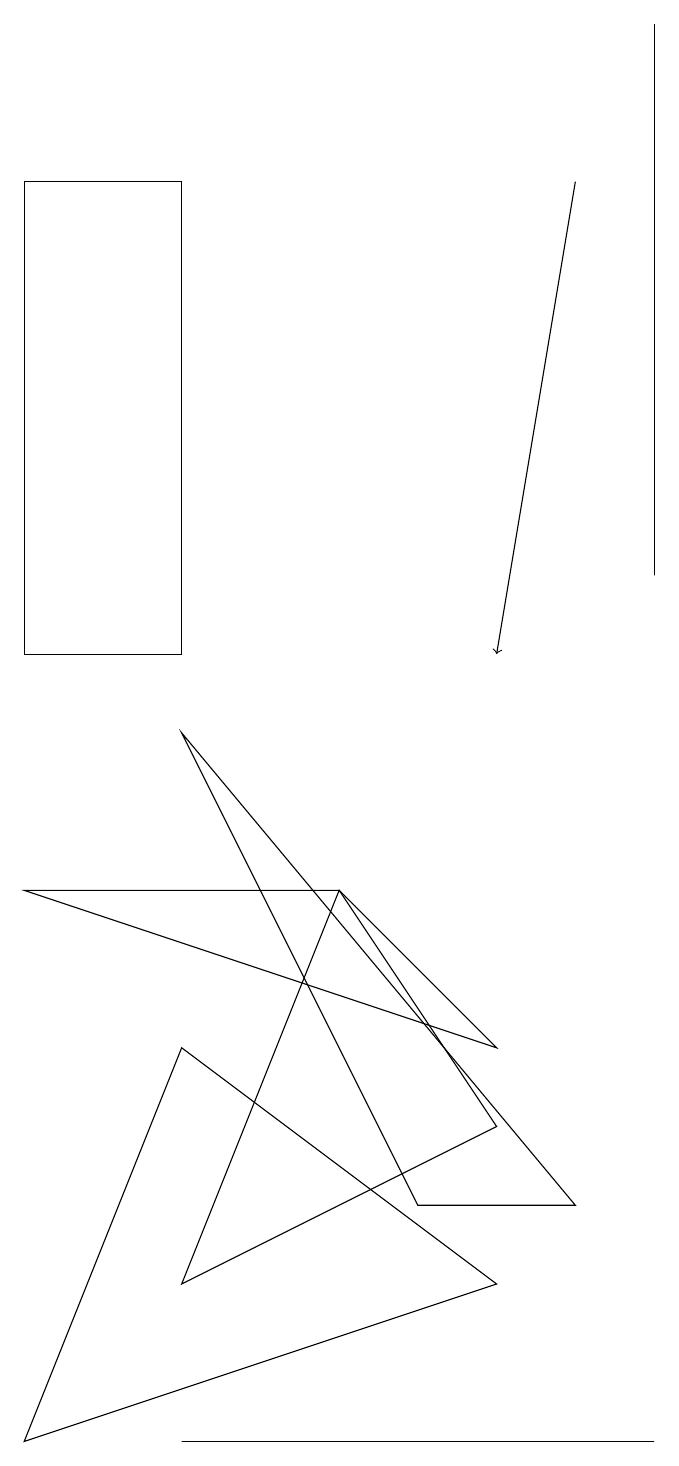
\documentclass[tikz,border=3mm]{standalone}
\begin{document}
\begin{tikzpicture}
\draw (5,0) -- (8,0) -- (2,0) -- cycle;
\draw[->] (7,16) -- (6,10);
\draw (6,2) -- (2,5) -- (0,0) -- cycle;
\draw (8,11) rectangle (8,18);
\draw (4,7) -- (0,7) -- (6,5) -- cycle;
\draw (4,7) -- (2,2) -- (6,4) -- cycle;
\draw (2,16) rectangle (0,10);
\draw (2,9) -- (5,3) -- (7,3) -- cycle;
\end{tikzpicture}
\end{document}